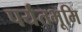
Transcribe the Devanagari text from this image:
पर्यंतभूमि